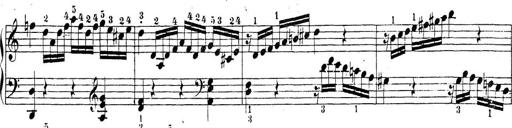
Title: Sonatina Album
Composer: Louis KÃ¶hler